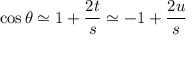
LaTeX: \cos \theta \simeq 1 + { \frac { 2 t } { s } } \simeq - 1 + { \frac { 2 u } { s } }